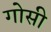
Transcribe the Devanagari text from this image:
गोसी